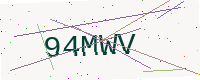
Text: 94MWV